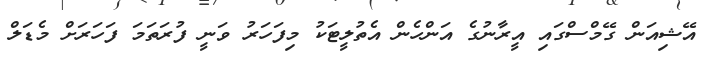
އޭޝިއަން ގޭމްސްގައި އީރާނުގެ އަންހެން އެތުލީޓަކު މިފަހަރު ވަނީ ފުރަތަމަ ފަހަރަށް މެޑަލް